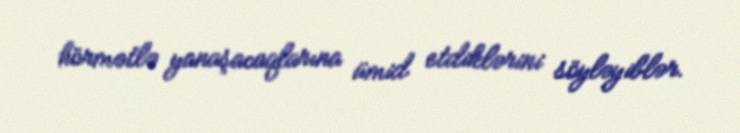
hörmətlə yanaşacaqlarına ümid etdiklərini söyləyiblər.